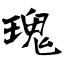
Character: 瑰